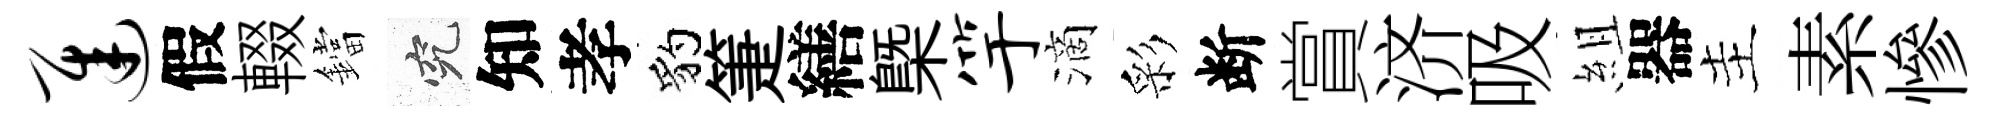
迟假輟鐺究知孝豹箑繕㮣竽滴彩断賞济吸組器主素慘